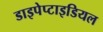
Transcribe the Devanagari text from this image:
डाइपेप्टाइडियल